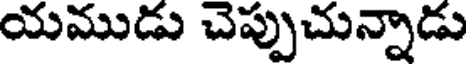
యముడు చెప్పుచున్నాడు